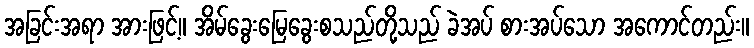
အခြင်းအရာ အားဖြင့်။ အိမ်ခွေးမြေခွေးစသည်တို့သည် ခဲအပ် စားအပ်သော အကောင်တည်း။